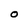
Character: 0